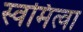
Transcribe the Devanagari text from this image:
स्वमित्वा